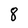
Character: 8